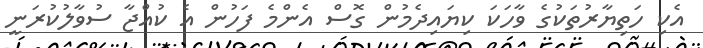
އެކި ހަތިޔާރުތަކުގެ ވާހަކަ ކިޔައިދެމުން ގޮސް އެންމެ ފަހުން އެ ކުއްޖާ ސުވާލުކުރަނީ